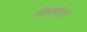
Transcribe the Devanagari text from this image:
नीलाकंदन